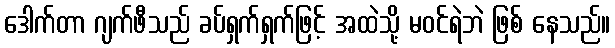
ဒေါက်တာ ဂျက်ဖီသည် ခပ်ရှက်ရှက်ဖြင့် အထဲသို့ မဝင်ရဲဘဲ ဖြစ် နေသည်။